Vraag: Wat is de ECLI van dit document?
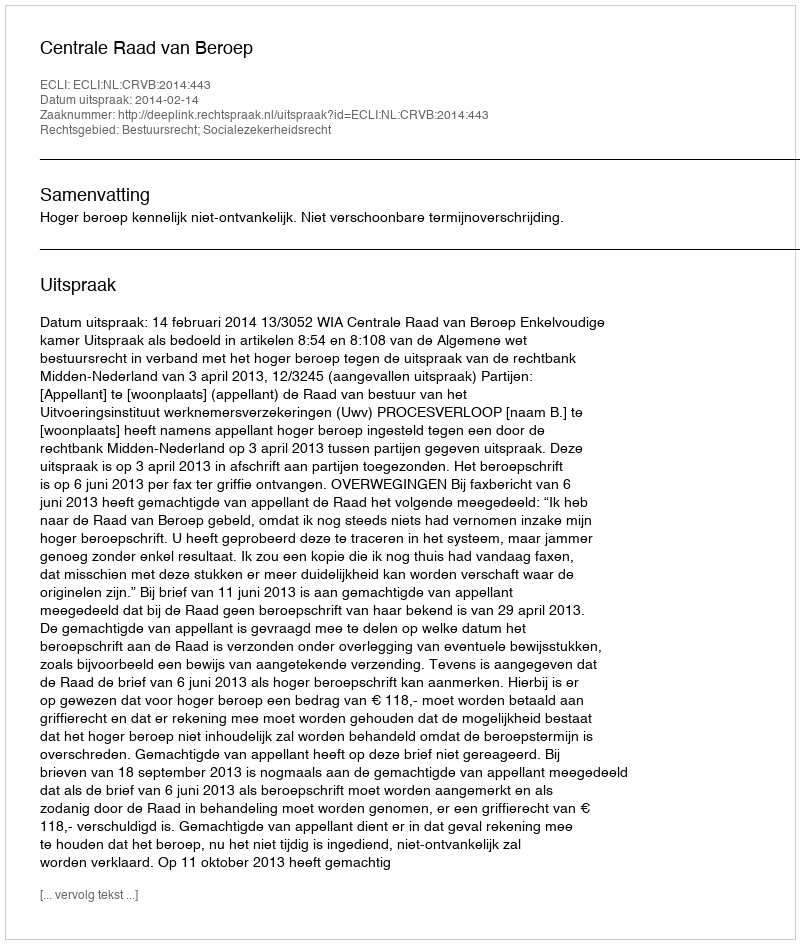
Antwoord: ECLI:NL:CRVB:2014:443